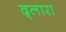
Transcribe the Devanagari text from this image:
द्लारा